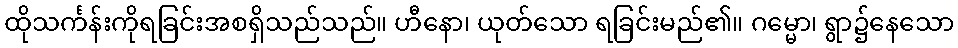
ထိုသင်္ကန်းကိုရခြင်းအစရှိသည်သည်။ ဟီနော၊ ယုတ်သော ရခြင်းမည်၏။ ဂမ္မော၊ ရွာ၌နေသော